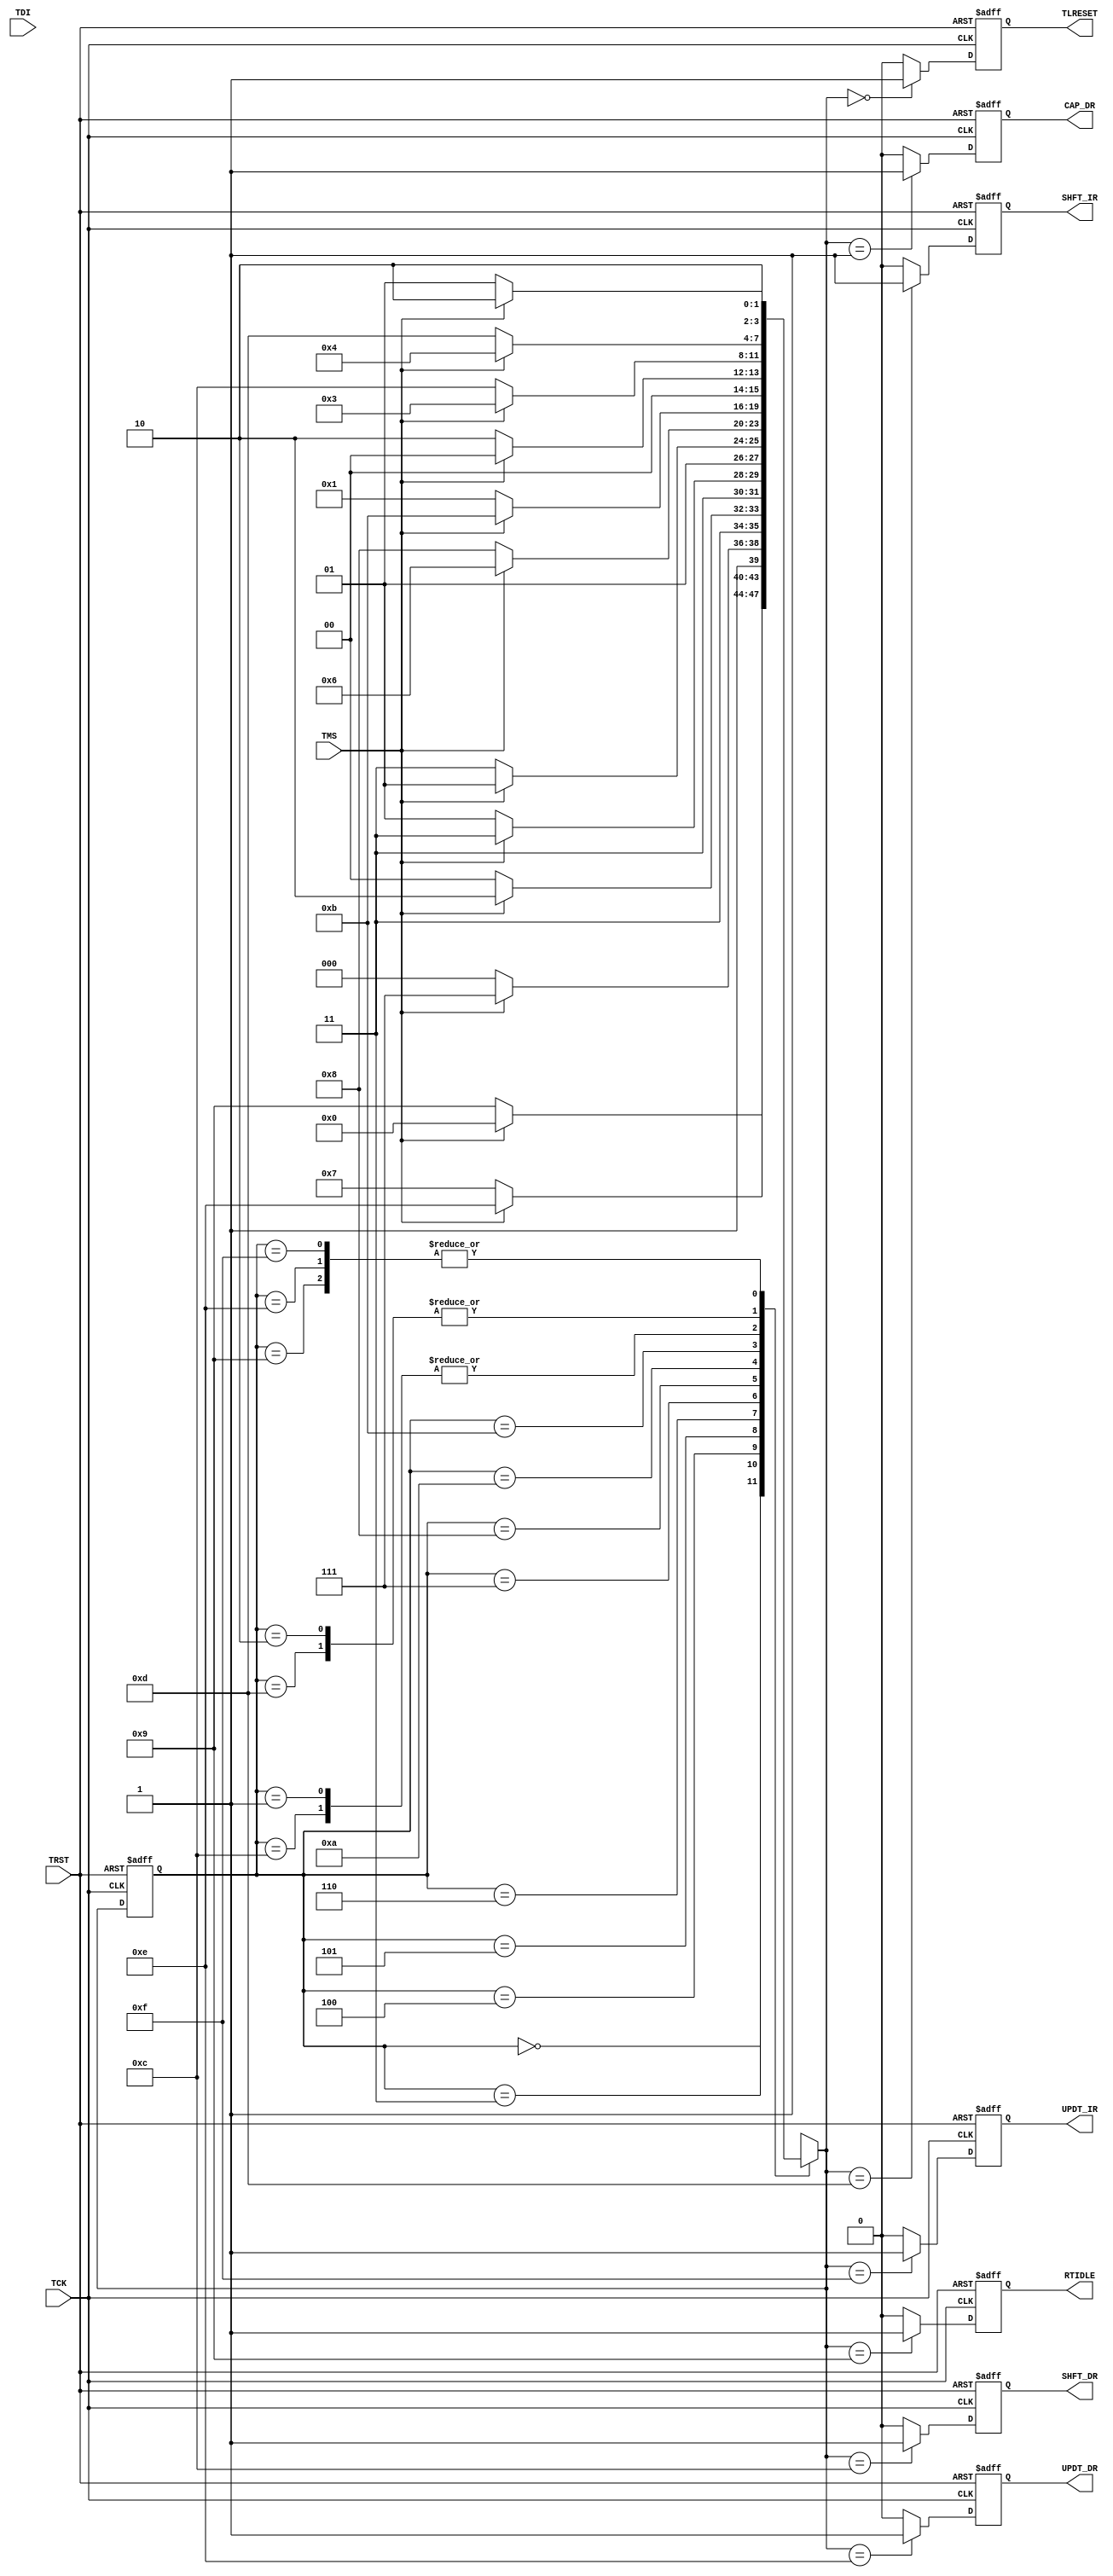
`timescale 1ns / 1ps
// Created by fizzim.pl version 4.41 on 2012:09:14 at 21:52:49 (www.fizzim.com)

module JTAG_TAP_ctrl (
  output reg CAP_DR,
  output reg RTIDLE,
  output reg SHFT_DR,
  output reg SHFT_IR,
  output reg TLRESET,
  output reg UPDT_DR,
  output reg UPDT_IR,
  input TCK,
  input TDI,
  input TMS,
  input TRST 
);
  
  // state bits
  parameter 
  Test_Logic_Reset = 4'b0000, 
  Capture_DR       = 4'b0001, 
  Capture_IR       = 4'b0010, 
  Exit1_DR         = 4'b0011, 
  Exit1_IR         = 4'b0100, 
  Exit2_DR         = 4'b0101, 
  Exit2_IR         = 4'b0110, 
  Pause_DR         = 4'b0111, 
  Pause_IR         = 4'b1000, 
  Run_Test_Idle    = 4'b1001, 
  Sel_DR_Scan      = 4'b1010, 
  Sel_IR_Scan      = 4'b1011, 
  Shift_DR         = 4'b1100, 
  Shift_IR         = 4'b1101, 
  Update_DR        = 4'b1110, 
  Update_IR        = 4'b1111; 
  
  reg [3:0] state;
  reg [3:0] nextstate;
  
  // comb always block
  always @* begin
    nextstate = 4'bxxxx; // default to x because default_state_is_x is set
    case (state)
      Test_Logic_Reset: if (TMS)  nextstate = Test_Logic_Reset;
                        else      nextstate = Run_Test_Idle;
      Capture_DR      : if (TMS)  nextstate = Exit1_DR;
                        else      nextstate = Shift_DR;
      Capture_IR      : if (TMS)  nextstate = Exit1_IR;
                        else      nextstate = Shift_IR;
      Exit1_DR        : if (TMS)  nextstate = Update_DR;
                        else      nextstate = Pause_DR;
      Exit1_IR        : if (TMS)  nextstate = Update_IR;
                        else      nextstate = Pause_IR;
      Exit2_DR        : if (TMS)  nextstate = Update_DR;
                        else      nextstate = Shift_DR;
      Exit2_IR        : if (TMS)  nextstate = Update_IR;
                        else      nextstate = Shift_IR;
      Pause_DR        : if (TMS)  nextstate = Exit2_DR;
                        else      nextstate = Pause_DR;
      Pause_IR        : if (TMS)  nextstate = Exit2_IR;
                        else      nextstate = Pause_IR;
      Run_Test_Idle   : if (TMS)  nextstate = Sel_DR_Scan;
                        else      nextstate = Run_Test_Idle;
      Sel_DR_Scan     : if (TMS)  nextstate = Sel_IR_Scan;
                        else      nextstate = Capture_DR;
      Sel_IR_Scan     : if (TMS)  nextstate = Test_Logic_Reset;
                        else      nextstate = Capture_IR;
      Shift_DR        : if (TMS)  nextstate = Exit1_DR;
                        else      nextstate = Shift_DR;
      Shift_IR        : if (TMS)  nextstate = Exit1_IR;
                        else      nextstate = Shift_IR;
      Update_DR       : if (TMS)  nextstate = Sel_DR_Scan;
                        else      nextstate = Run_Test_Idle;
      Update_IR       : if (TMS)  nextstate = Sel_DR_Scan;
                        else      nextstate = Run_Test_Idle;
    endcase
  end
  
  // Assign reg'd outputs to state bits
  
  // sequential always block
  always @(posedge TCK or posedge TRST) begin
    if (TRST)
      state <= Test_Logic_Reset;
    else
      state <= nextstate;
  end
  
  // datapath sequential always block
  always @(posedge TCK or posedge TRST) begin
    if (TRST) begin
      CAP_DR <= 0;
      RTIDLE <= 0;
      SHFT_DR <= 0;
      SHFT_IR <= 0;
      TLRESET <= 1;
      UPDT_DR <= 0;
      UPDT_IR <= 0;
    end
    else begin
      CAP_DR <= 0; // default
      RTIDLE <= 0; // default
      SHFT_DR <= 0; // default
      SHFT_IR <= 0; // default
      TLRESET <= 0; // default
      UPDT_DR <= 0; // default
      UPDT_IR <= 0; // default
      case (nextstate)
        Test_Logic_Reset: TLRESET <= 1;
        Capture_DR      : CAP_DR <= 1;
        Run_Test_Idle   : RTIDLE <= 1;
        Shift_DR        : SHFT_DR <= 1;
        Shift_IR        : SHFT_IR <= 1;
        Update_DR       : UPDT_DR <= 1;
        Update_IR       : UPDT_IR <= 1;
      endcase
    end
  end
  
  // This code allows you to see state names in simulation
  `ifndef SYNTHESIS
  reg [127:0] statename;
  always @* begin
    case (state)
      Test_Logic_Reset: statename = "Test_Logic_Reset";
      Capture_DR      : statename = "Capture_DR";
      Capture_IR      : statename = "Capture_IR";
      Exit1_DR        : statename = "Exit1_DR";
      Exit1_IR        : statename = "Exit1_IR";
      Exit2_DR        : statename = "Exit2_DR";
      Exit2_IR        : statename = "Exit2_IR";
      Pause_DR        : statename = "Pause_DR";
      Pause_IR        : statename = "Pause_IR";
      Run_Test_Idle   : statename = "Run_Test_Idle";
      Sel_DR_Scan     : statename = "Sel_DR_Scan";
      Sel_IR_Scan     : statename = "Sel_IR_Scan";
      Shift_DR        : statename = "Shift_DR";
      Shift_IR        : statename = "Shift_IR";
      Update_DR       : statename = "Update_DR";
      Update_IR       : statename = "Update_IR";
      default         : statename = "XXXXXXXXXXXXXXXX";
    endcase
  end
  `endif

endmodule